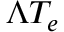
\Lambda T _ { e }